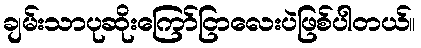
ချမ်းသာပုဆိုးကြော်ငြာလေးပဲဖြစ်ပါတယ်။